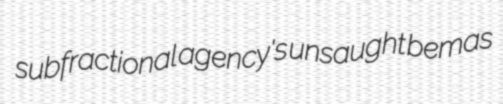
subfractional agency's unsaught bemas